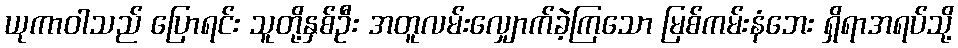
ယုကာဝါသည် ပြောရင်း သူတို့နှစ်ဦး အတူလမ်းလျှောက်ခဲ့ကြသော မြစ်ကမ်းနံဘေး ရှိရာအရပ်သို့